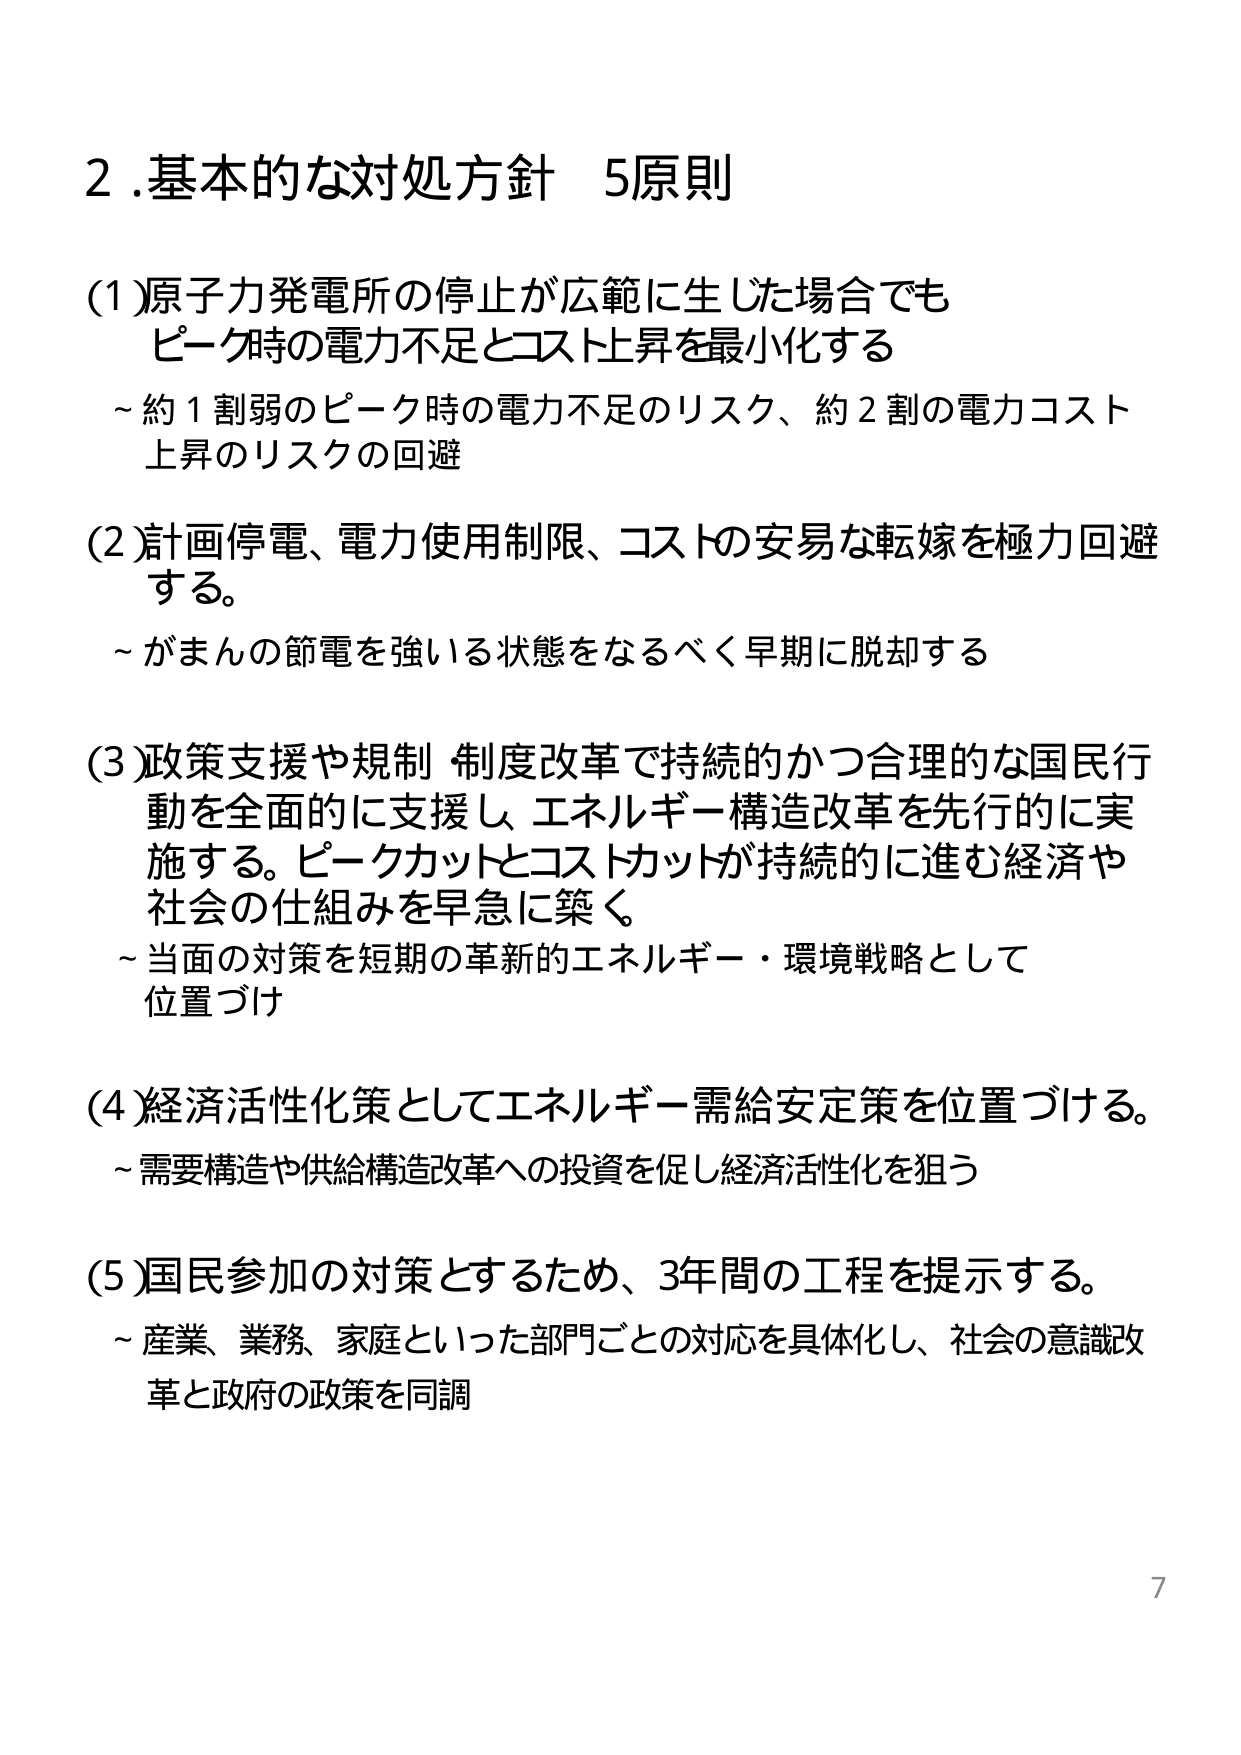
2. 基本的な対処方針 5原則

(1) 原子力発電所の停止が広範に生じた場合でも
ピーク時の電力不足とコスト上昇を最小化する
～ 約1割弱のピーク時の電力不足のリスク、約2割の電力コスト上昇のリスクの回避

(2) 計画停電、電力使用制限、コストの安易な転嫁を極力回避する。
～ がまんの節電を強いられる状態をなるべく早期に脱却する

(3) 政策支援や規制・制度改革で持続的かつ合理的な国民行動を全面的に支援し、エネルギー構造改革を先行的に実施する。ピークカットとコストカットが持続的に進む経済や社会の仕組みを早急に築く。
～ 当面の対策を短期の革新的エネルギー・環境戦略として位置づけ

(4) 経済活性化策としてエネルギー需給安定策を位置づける。
～ 需要構造や供給構造改革への投資を促し経済活性化を狙う

(5) 国民参加の対策とするため、3年間の工程を提示する。
～ 産業、業務、家庭といった部門ごとの対応を具体化し、社会の意識改革と政府の政策を同調

7